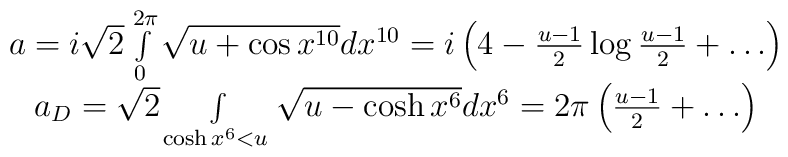
\begin{array}{c}a={i\sqrt{2}} \int\limits_0^{2\pi}\sqrt{u+\cos x^{10}}dx^{10}=i\left(4-{u-1\over 2}\log{u-1\over 2}+\ldots\right)\\a_D=\sqrt{2} \int\limits_{\cosh x^6<u}\sqrt{u-\cosh x^6}dx^6=2\pi\left({u-1\over 2}+\ldots\right)\end{array}